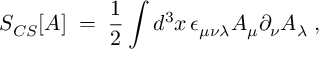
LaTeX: S _ { C S } [ A ] \; = \; \frac { 1 } { 2 } \int d ^ { 3 } x \, \epsilon _ { \mu \nu \lambda } A _ { \mu } \partial _ { \nu } A _ { \lambda } \; ,